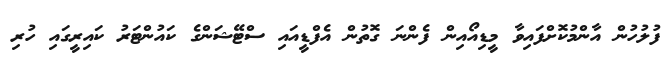
ފުލުހުން އާންމުކޮށްފައިވާ މީޑިއޯއިން ފެންނަ ގޮތުން އެފްޑީއައި ސްޓޭޝަންގެ ކައުންޓަރު ކައިރީގައި ހުރި